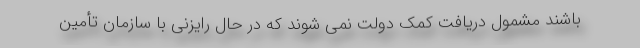
باشند مشمول دریافت کمک دولت نمی شوند که در حال رایزنی با سازمان تأمین